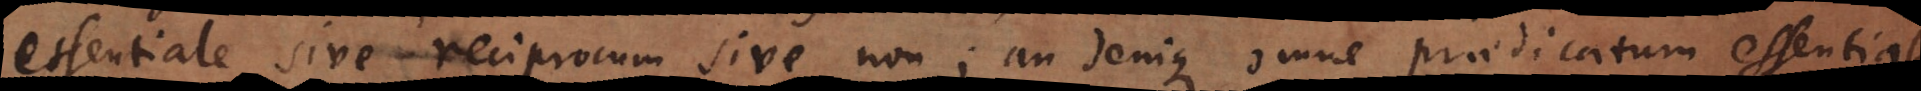
essentiale sive reciprocum sive non; an denique omne praedicatum essential